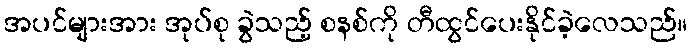
အပင်များအား အုပ်စု ခွဲသည့် စနစ်ကို တီထွင်ပေးနိုင်ခဲ့လေသည်။